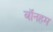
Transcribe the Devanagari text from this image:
बॉनहम